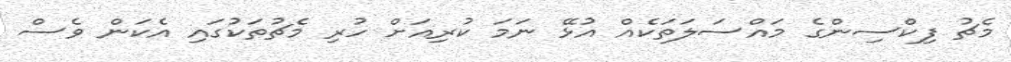
މެޗު ފިކްސިންގެ މައްސަލަތަކެއް އުޅޭ ނަމަ ކުރިއަށް ހުރި މެޗުތަކުގައި އެކަން ވެސް